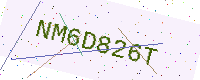
Text: NM6D826T